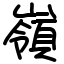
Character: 嶺